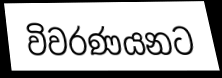
විවරණයනට